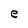
Character: e